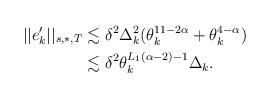
LaTeX: \begin{align*}||e'_k||_{s,\ast,T}&\lesssim \delta^2\Delta^2_k(\theta^{11-2\alpha}_k+\theta^{4-\alpha}_k)\\&\lesssim \delta^2\theta^{L_1(\alpha-2)-1}_k\Delta_k.\end{align*}